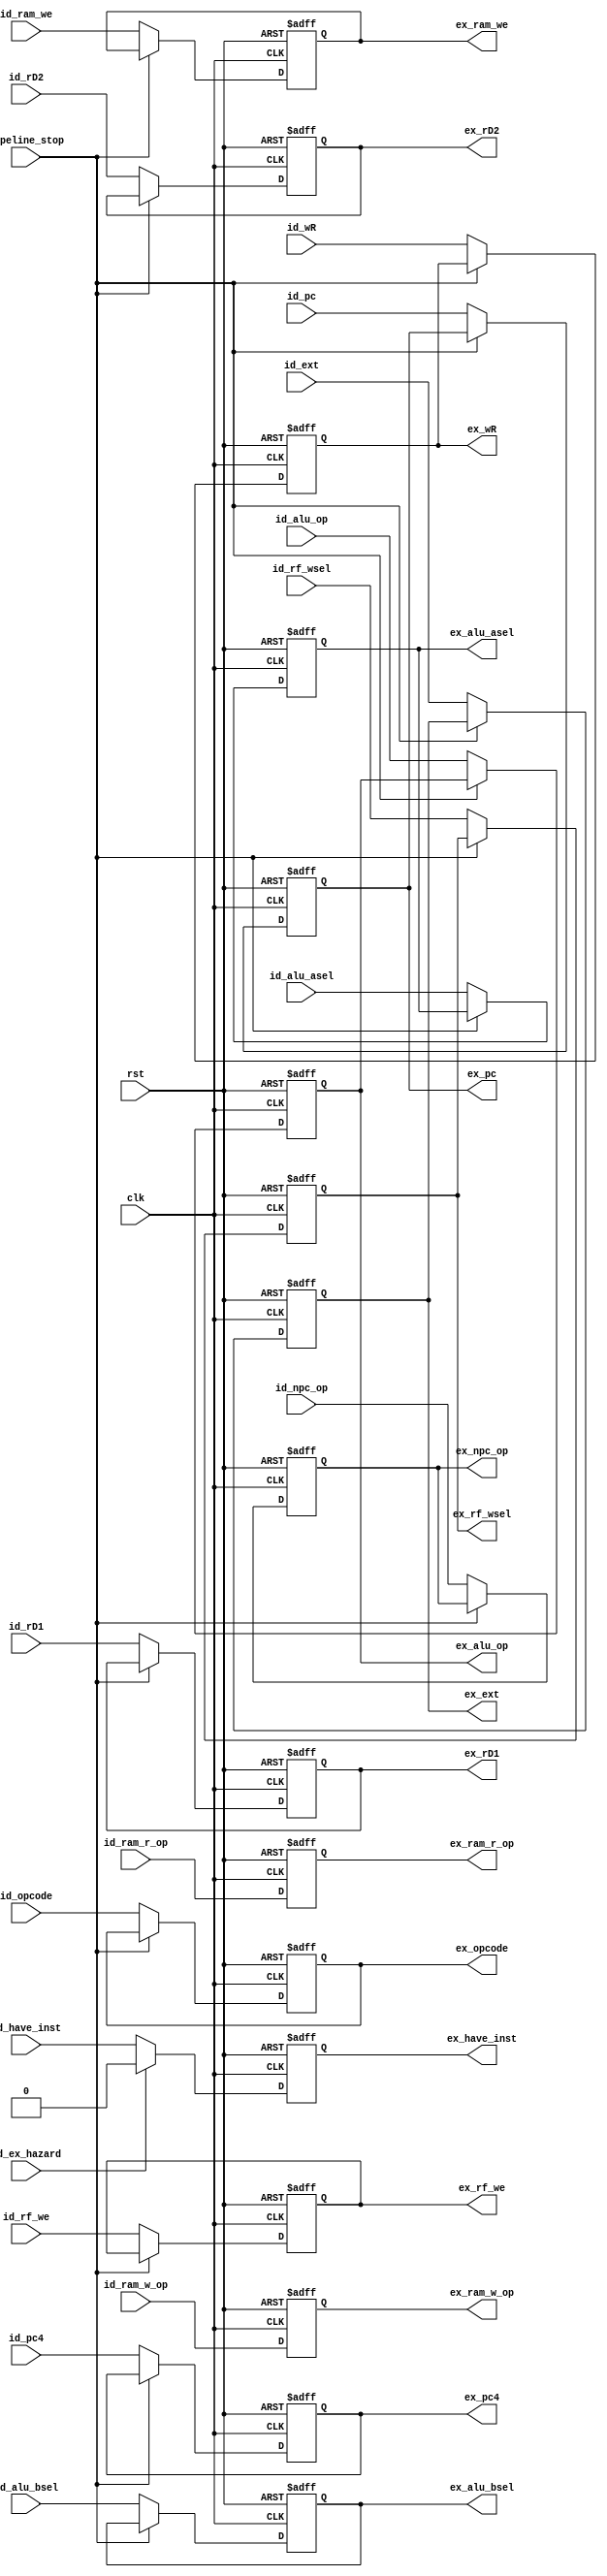
module ID_EX (
    input  wire        clk,
    input  wire        rst,
    input  wire        pipeline_stop,
    input  wire        id_ex_hazard,
    input  wire        id_have_inst,
    input  wire [ 6:0] id_opcode,
    input  wire [31:0] id_ext,
    input  wire [31:0] id_pc,
    input  wire [31:0] id_pc4,
    input  wire [31:0] id_rD1,
    input  wire [31:0] id_rD2,
    input  wire [ 1:0] id_npc_op,
    input  wire        id_ram_we,
    input  wire [ 2:0] id_ram_r_op,
    input  wire [ 1:0] id_ram_w_op,
    input  wire [ 3:0] id_alu_op,
    input  wire        id_alu_asel,
    input  wire        id_alu_bsel,
    input  wire        id_rf_we,
    input  wire [ 1:0] id_rf_wsel,
    input  wire [ 4:0] id_wR,
    output reg         ex_have_inst,
    output reg  [ 6:0] ex_opcode,
    output reg  [31:0] ex_ext,
    output reg  [31:0] ex_pc,
    output reg  [31:0] ex_pc4,
    output reg  [31:0] ex_rD1,
    output reg  [31:0] ex_rD2,
    output reg  [ 1:0] ex_npc_op,
    output reg         ex_ram_we,
    output reg  [ 2:0] ex_ram_r_op,
    output reg  [ 1:0] ex_ram_w_op,
    output reg  [ 3:0] ex_alu_op,
    output reg         ex_alu_asel,
    output reg         ex_alu_bsel,
    output reg         ex_rf_we,
    output reg  [ 1:0] ex_rf_wsel,
    output reg  [ 4:0] ex_wR
);

  always @(posedge clk or posedge rst) begin
    if (rst) ex_have_inst <= 1'd0;
    else if (id_ex_hazard) ex_have_inst <= 1'd0;
    else ex_have_inst <= id_have_inst;
  end

  always @(posedge clk or posedge rst) begin
    if (rst) ex_opcode <= 7'd0;
    else if (pipeline_stop) ex_opcode <= ex_opcode;
    else ex_opcode <= id_opcode;
  end

  always @(posedge clk or posedge rst) begin
    if (rst) ex_ext <= 32'd0;
    else if (pipeline_stop) ex_ext <= ex_ext;
    else ex_ext <= id_ext;
  end

  always @(posedge clk or posedge rst) begin
    if (rst) ex_pc <= 32'd0;
    else if (pipeline_stop) ex_pc <= ex_pc;
    else ex_pc <= id_pc;
  end

  always @(posedge clk or posedge rst) begin
    if (rst) ex_pc4 <= 32'd0;
    else if (pipeline_stop) ex_pc4 <= ex_pc4;
    else ex_pc4 <= id_pc4;
  end

  always @(posedge clk or posedge rst) begin
    if (rst) ex_rD1 <= 32'd0;
    else if (pipeline_stop) ex_rD1 <= ex_rD1;
    else ex_rD1 <= id_rD1;
  end

  always @(posedge clk or posedge rst) begin
    if (rst) ex_rD2 <= 32'd0;
    else if (pipeline_stop) ex_rD2 <= ex_rD2;
    else ex_rD2 <= id_rD2;
  end

  always @(posedge clk or posedge rst) begin
    if (rst) ex_npc_op <= 2'd0;
    else if (pipeline_stop) ex_npc_op <= ex_npc_op;
    else ex_npc_op <= id_npc_op;
  end

  always @(posedge clk or posedge rst) begin
    if (rst) ex_ram_we <= 1'd0;
    else if (pipeline_stop) ex_ram_we <= ex_ram_we;
    else ex_ram_we <= id_ram_we;
  end

  always @(posedge clk or posedge rst) begin
    if (rst) ex_ram_r_op <= 3'd0;
    else if (pipeline_stop) ex_ram_r_op <= id_ram_r_op;
    else ex_ram_r_op <= id_ram_r_op;
  end

  always @(posedge clk or posedge rst) begin
    if (rst) ex_ram_w_op <= 2'd0;
    else if (pipeline_stop) ex_ram_w_op <= id_ram_w_op;
    else ex_ram_w_op <= id_ram_w_op;
  end

  always @(posedge clk or posedge rst) begin
    if (rst) ex_alu_op <= 4'd0;
    else if (pipeline_stop) ex_alu_op <= ex_alu_op;
    else ex_alu_op <= id_alu_op;
  end

  always @(posedge clk or posedge rst) begin
    if (rst) ex_alu_asel <= 1'd0;
    else if (pipeline_stop) ex_alu_asel <= ex_alu_asel;
    else ex_alu_asel <= id_alu_asel;
  end

  always @(posedge clk or posedge rst) begin
    if (rst) ex_alu_bsel <= 1'd0;
    else if (pipeline_stop) ex_alu_bsel <= ex_alu_bsel;
    else ex_alu_bsel <= id_alu_bsel;
  end

  always @(posedge clk or posedge rst) begin
    if (rst) ex_rf_we <= 1'd0;
    else if (pipeline_stop) ex_rf_we <= ex_rf_we;
    else ex_rf_we <= id_rf_we;
  end

  always @(posedge clk or posedge rst) begin
    if (rst) ex_rf_wsel <= 2'd0;
    else if (pipeline_stop) ex_rf_wsel <= ex_rf_wsel;
    else ex_rf_wsel <= id_rf_wsel;
  end

  always @(posedge clk or posedge rst) begin
    if (rst) ex_wR <= 5'd0;
    else if (pipeline_stop) ex_wR <= ex_wR;
    else ex_wR <= id_wR;
  end

endmodule